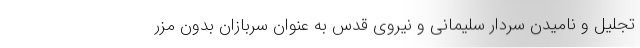
تجلیل و نامیدن سردار سلیمانی و نیروی قدس به عنوان سربازان بدون مزر